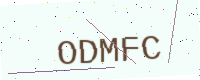
Text: ODMFC